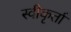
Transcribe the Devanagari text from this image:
स्वीकृर्ता